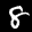
Label: 8